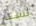
لست